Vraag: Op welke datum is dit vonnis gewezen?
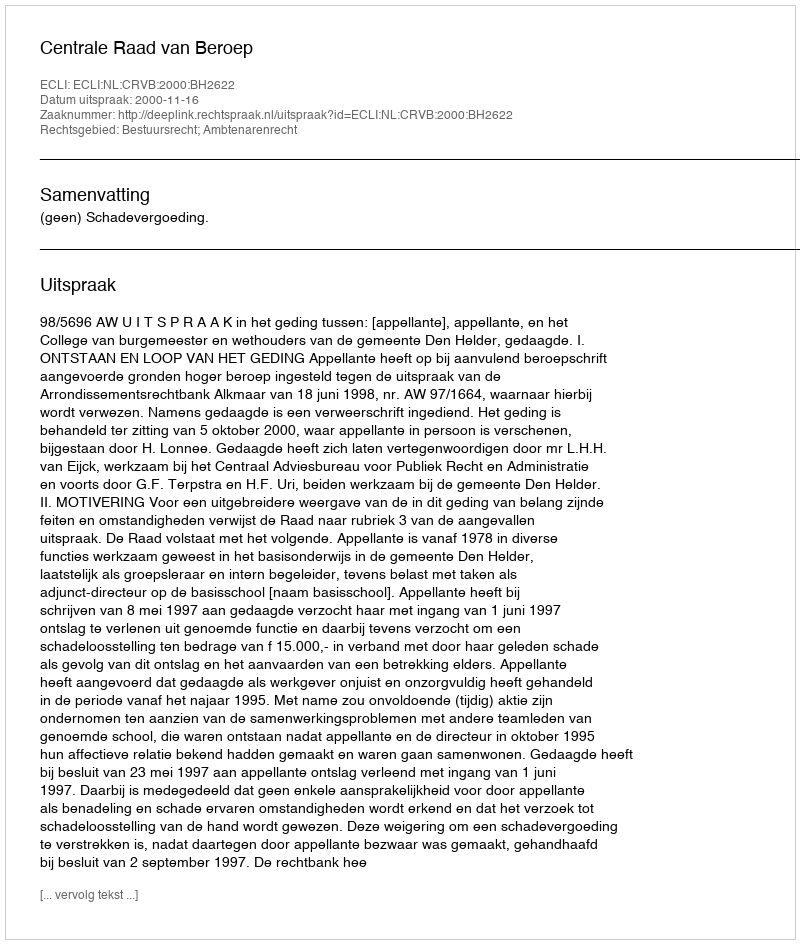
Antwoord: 2000-11-16